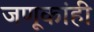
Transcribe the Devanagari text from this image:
जणूकांही